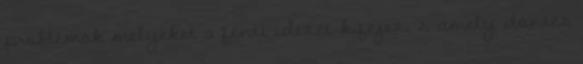
problémák melyeket a fenti idézet kifejez, s amely döntés